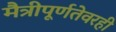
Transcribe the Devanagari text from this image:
मैत्रीपूर्णतेवरही